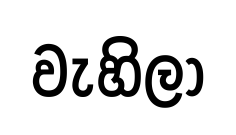
වැහිලා